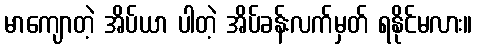
မာကျောတဲ့ အိပ်ယာ ပါတဲ့ အိပ်ခန်းလက်မှတ် ရနိုင်မလား။